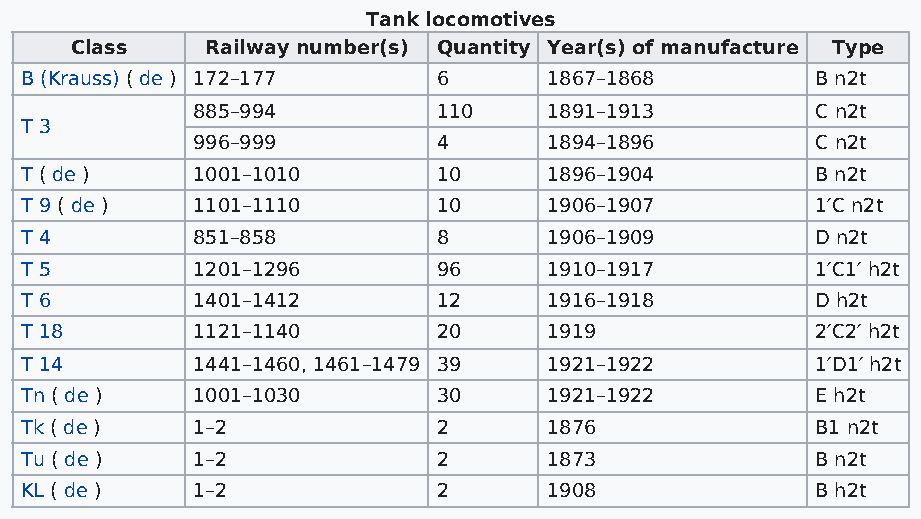
Tank locomotives
 Class    Railway number(s) Quantity Year(s) of manufacture Type
 B (Krauss) ( de ) 172–177   6      1867–1868         B n2t
 885–994         110    1891–1913         C n2t
 T 3
 996–999         4      1894–1896         C n2t
 T ( de )    1001–1010       10     1896–1904         B n2t
 T 9 ( de )  1101–1110       10     1906–1907         1′C n2t
 T 4         851–858         8      1906–1909         D n2t
 T 5         1201–1296       96     1910–1917         1′C1′ h2t
 T 6         1401–1412       12     1916–1918         D h2t
 T 18        1121–1140       20     1919              2′C2′ h2t
 T 14        1441–1460, 1461–1479 39 1921–1922        1′D1′ h2t
 Tn ( de )   1001–1030       30     1921–1922         E h2t
 Tk ( de )   1–2             2      1876              B1 n2t
 Tu ( de )   1–2             2      1873              B n2t
 KL ( de )   1–2             2      1908              B h2t